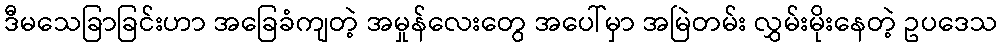
ဒီမသေခြာခြင်းဟာ အခြေခံကျတဲ့ အမှုန်လေးတွေ အပေါ်မှာ အမြဲတမ်း လွှမ်းမိုးနေတဲ့ ဥပဒေသ